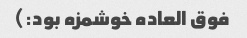
فوق العاده خوشمزه بود:)